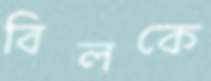
বিলকে